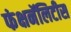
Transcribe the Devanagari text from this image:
फंक्षनॅलिटीस